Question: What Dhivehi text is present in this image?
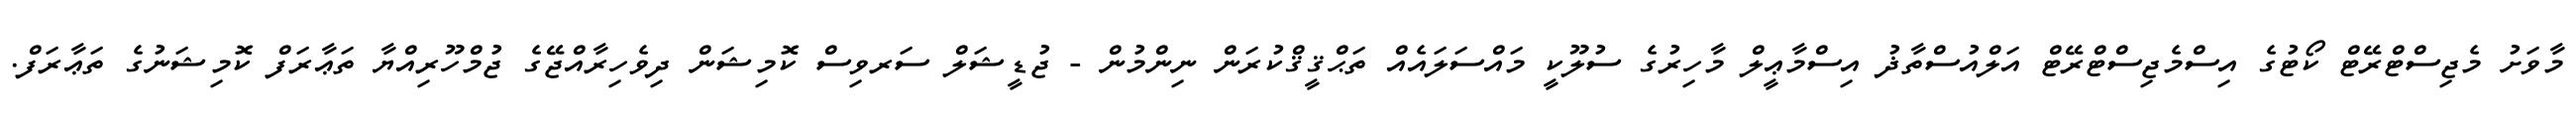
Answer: މާވަށު މެޖިސްޓްރޭޓް ކޯޓުގެ އިސްމެޖިސްޓްރޭޓް އަލްއުސްތާޛު އިސްމާޢީލް މާހިރުގެ ސުލޫކީ މައްސަލައެއް ތަޙްޤީޤްކުރަން ނިންމުން - ޖުޑީޝަލް ސަރވިސް ކޮމިޝަން ދިވެހިރާއްޖޭގެ ޖުމްހޫރިއްޔާ ތަޢާރަފް ކޮމިޝަނުގެ ތަޢާރަފް.